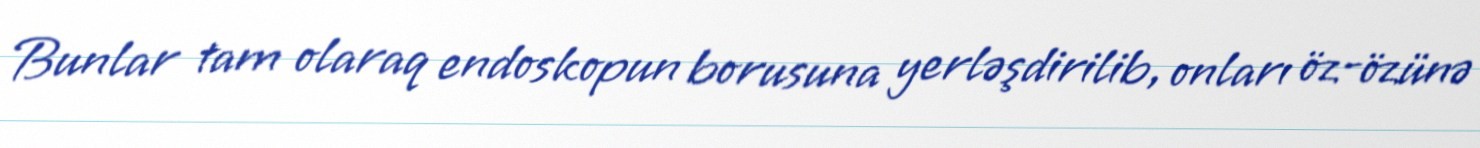
Bunlar tam olaraq endoskopun borusuna yerləşdirilib, onları öz-özünə